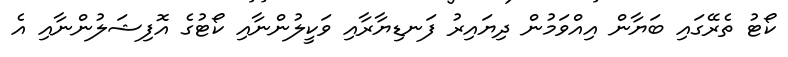
ކޯޓު ތެރޭގައި ބަޔާން އިއްވަމުން ދިޔައިރު ފަނޑިޔާރާއި ވަކީލުންނާއި ކޯޓުގެ އޮފިޝަލުންނާއި އެ